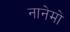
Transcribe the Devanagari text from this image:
नानेमो